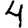
Digit: 4